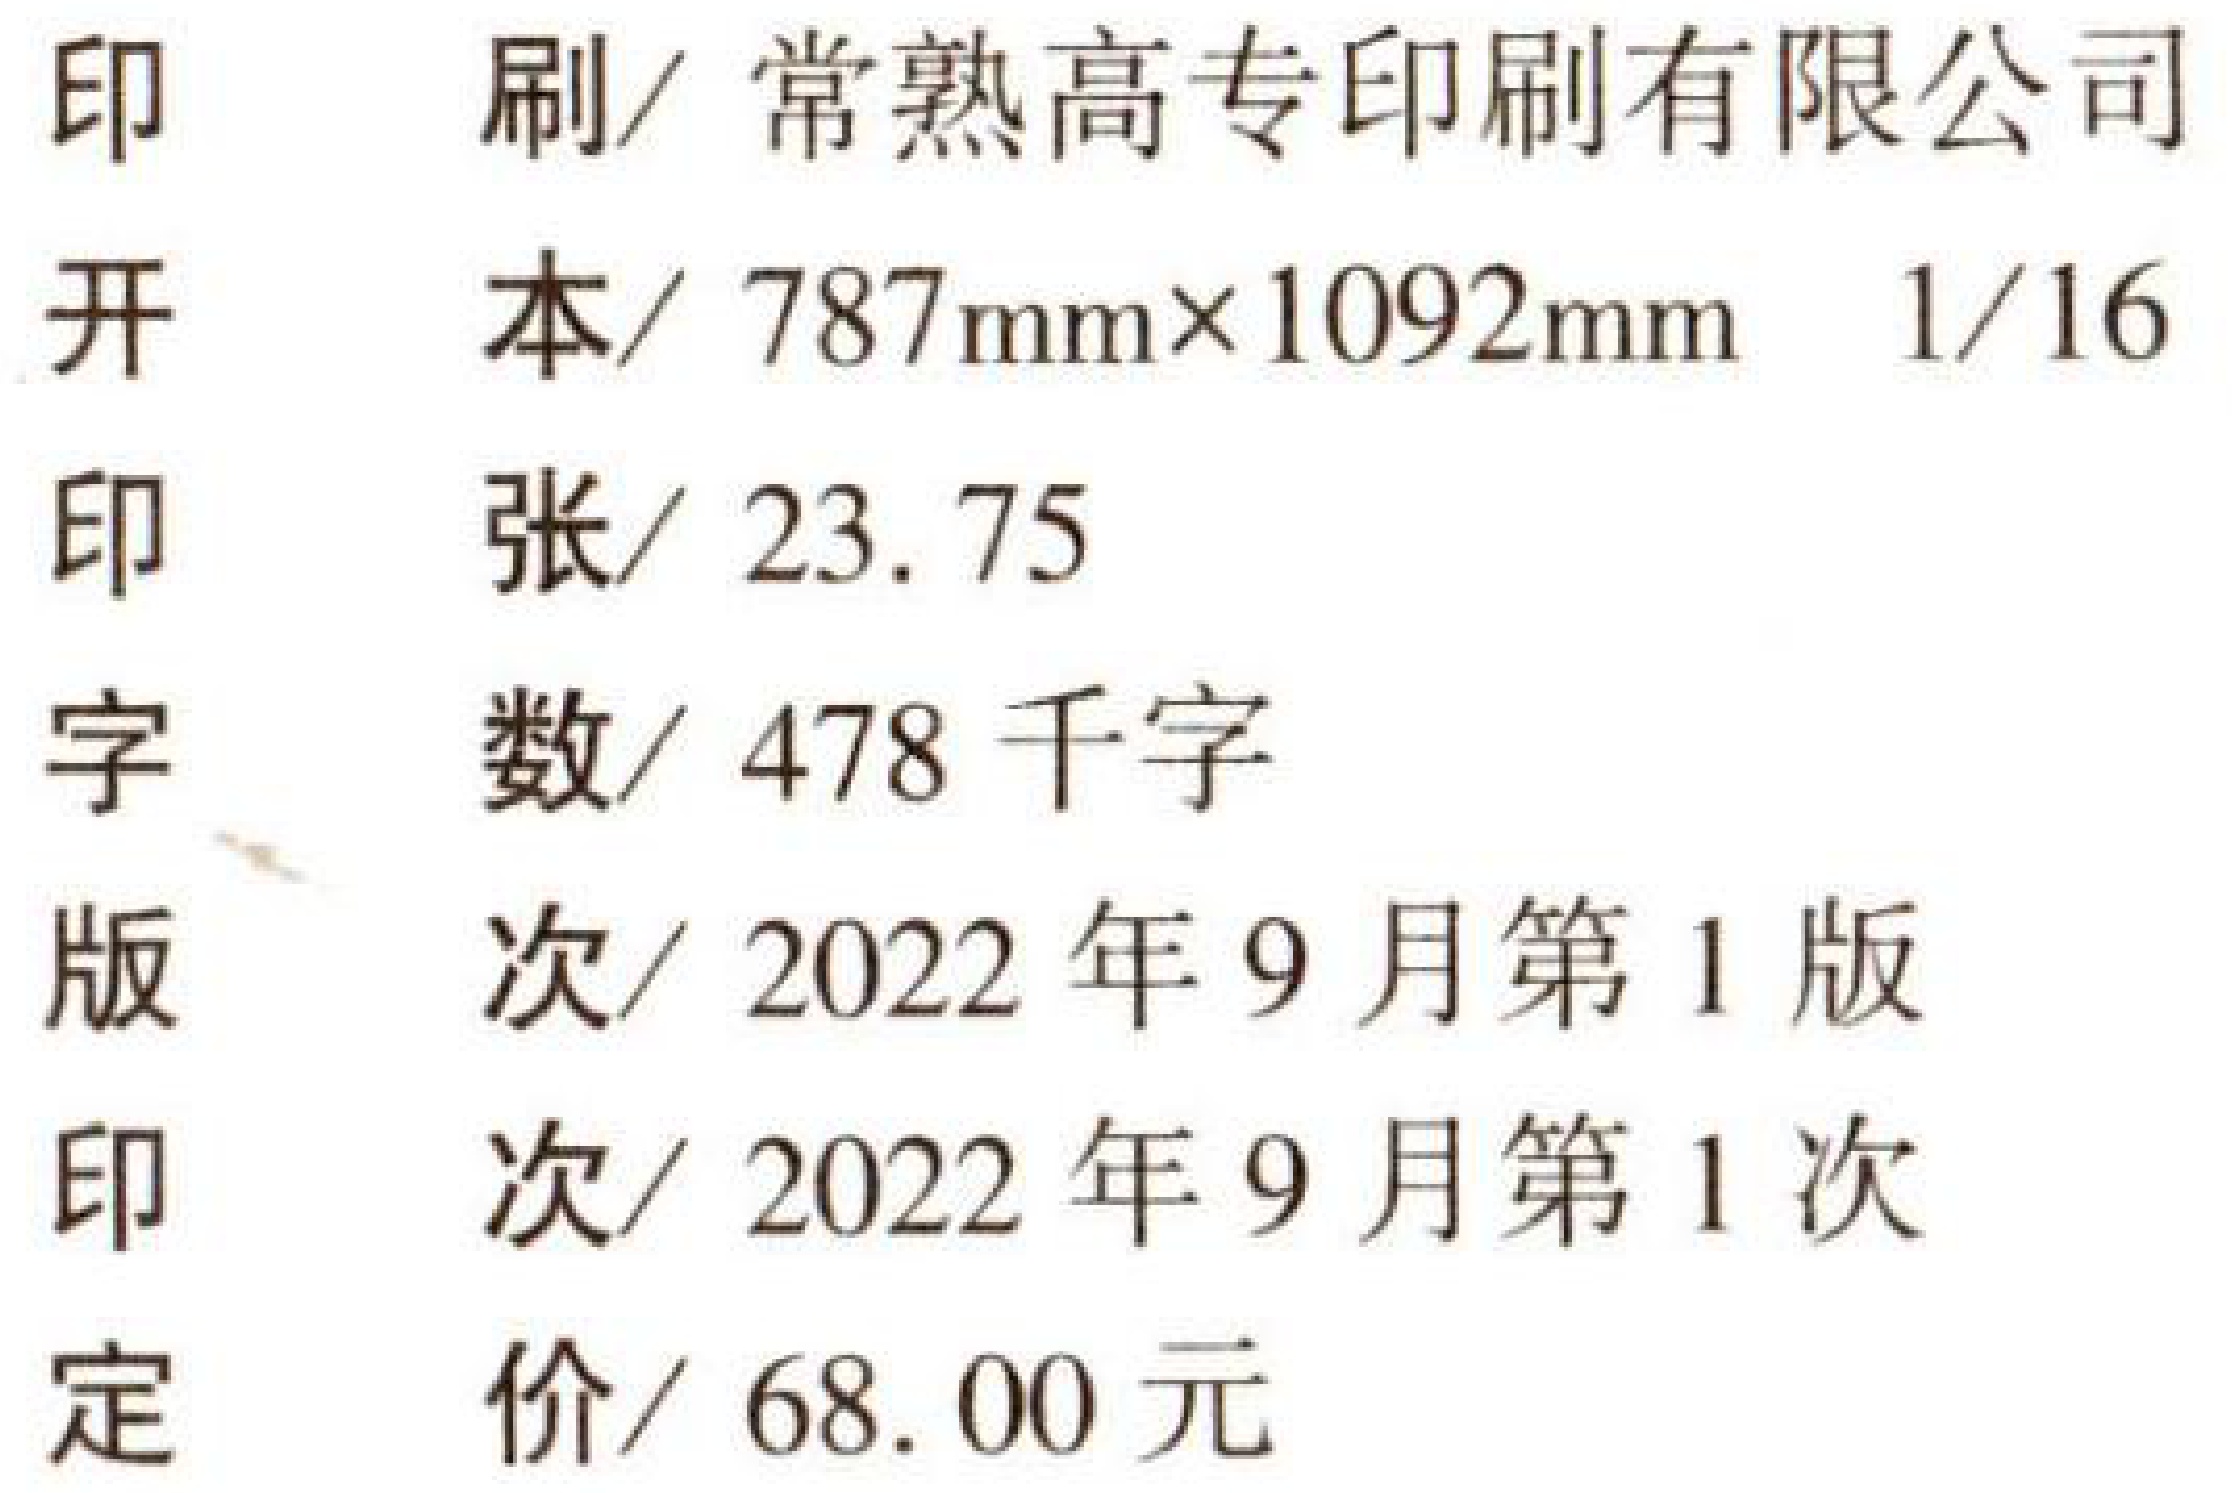
印     刷/ 常熟高专印刷有限公司
开     本/ \(787\mathrm{mm}\times1092\mathrm{mm}\)  \(1/16\)
印     张/ \(23.75\)
字     数/ \(478\) 千字
版     次/ \(2022\) 年 \(9\) 月第 \(1\) 版
印     次/ \(2022\) 年 \(9\) 月第 \(1\) 次
定     价/ \(68.00\) 元